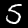
Digit: 5